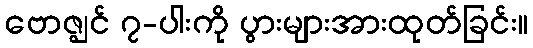
ဗောဇ္ဈင် ၇-ပါးကို ပွားများအားထုတ်ခြင်း။